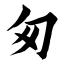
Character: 匆